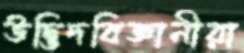
উদ্ভিদবিজ্ঞানীরা